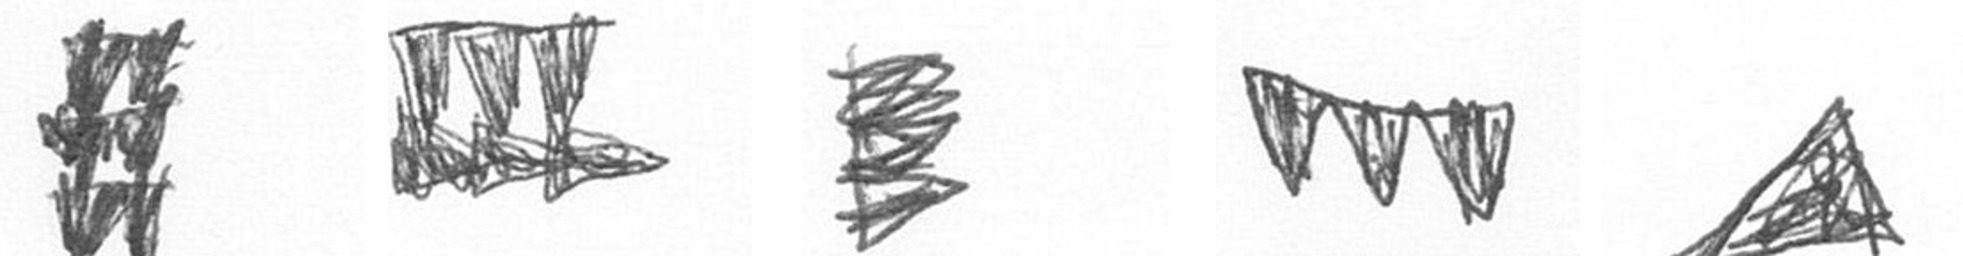
Y D H L O